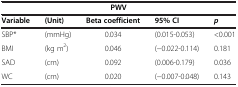
<table><thead><tr><td colspan="5"><b>PWV</b></td></tr><tr><td><b>Variable</b></td><td><b>(Unit)</b></td><td><b>Beta coefficient</b></td><td><b>95% CI</b></td><td><b><i>p</i></b></td></tr></thead><tbody><tr><td>SBP*</td><td>(mmHg)</td><td>0.034</td><td>(0.015-0.053)</td><td>&lt;0.001</td></tr><tr><td>BMI</td><td>(kg m<sup>2</sup>)</td><td>0.046</td><td>(−0.022-0.114)</td><td>0.181</td></tr><tr><td>SAD</td><td>(cm)</td><td>0.092</td><td>(0.006-0.179)</td><td>0.036</td></tr><tr><td>WC</td><td>(cm)</td><td>0.020</td><td>(−0.007-0.048)</td><td>0.143</td></tr></tbody></table>